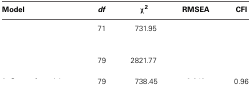
<table><thead><tr><td><b>Model</b></td><td><b><i>df</i></b></td><td><b>χ<sup>2</sup></b></td><td><b>RMSEA</b></td><td><b>CFI</b></td></tr></thead><tbody><tr><td>[EMPTY_CELL]</td><td>71</td><td>731.95</td><td>[EMPTY_CELL]</td><td>[EMPTY_CELL]</td></tr><tr><td>[EMPTY_CELL]</td><td>79</td><td>2821.77</td><td>[EMPTY_CELL]</td><td>[EMPTY_CELL]</td></tr><tr><td>[EMPTY_CELL]</td><td>79</td><td>738.45</td><td>[EMPTY_CELL]</td><td>0.96</td></tr></tbody></table>